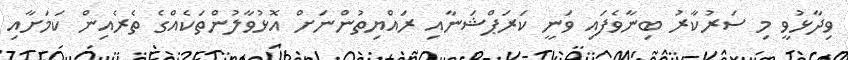
ވިދާޅުވީ މި ސަރުކާރު ބިނާވެފައި ވަނީ ކަރަޕްޝަނާއި ރައްޔިތުންނަށް އޮޅުވާލުންތަކެއްގެ ތެރެއިން ކަމަށާއި